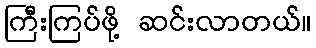
ကြီးကြပ်ဖို့ ဆင်းလာတယ်။